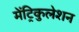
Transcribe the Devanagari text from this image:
मेंट्रिकुलेशन